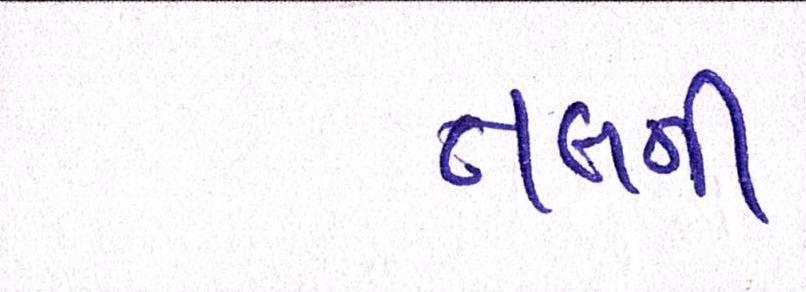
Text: તલની